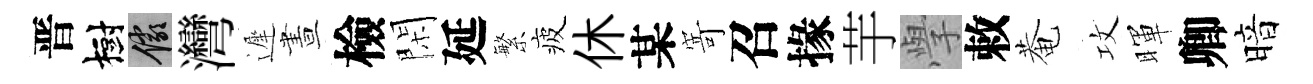
晋樹儼灣遲晝檢閑延繁疲休某𭔃召掾芋𭓕敕菴攻暉卿暗